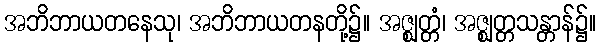
အဘိဘာယတနေသု၊ အဘိဘာယတနတို့၌။ အဇ္ဈတ္တံ၊ အဇ္ဈတ္တသန္တာန်၌။